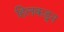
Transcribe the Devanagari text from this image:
हिलकडून